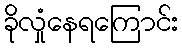
ခိုလှုံနေရကြောင်း